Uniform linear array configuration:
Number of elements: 4
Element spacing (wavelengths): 0.5
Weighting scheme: binomial
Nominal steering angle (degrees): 0
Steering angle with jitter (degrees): -0.06219
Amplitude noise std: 0.05
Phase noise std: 0.05

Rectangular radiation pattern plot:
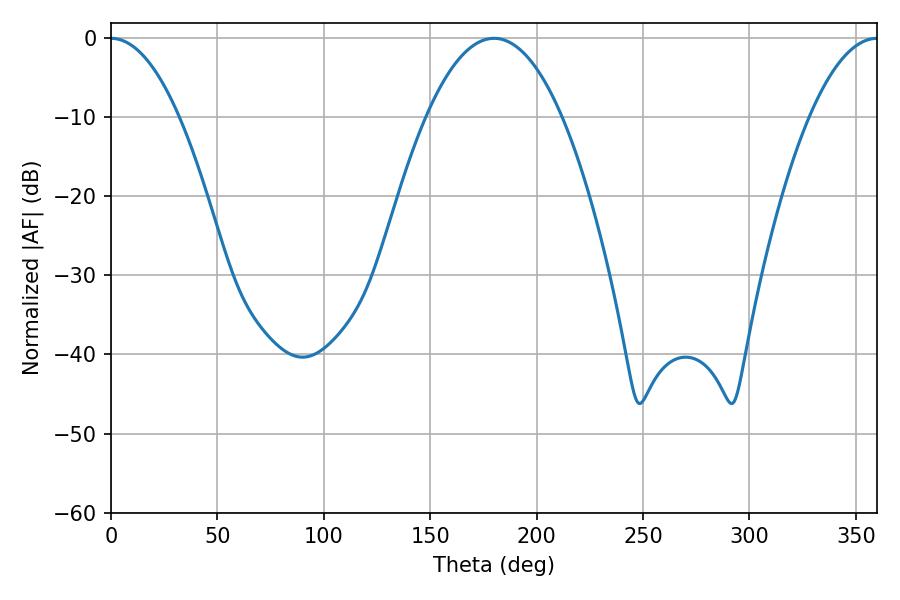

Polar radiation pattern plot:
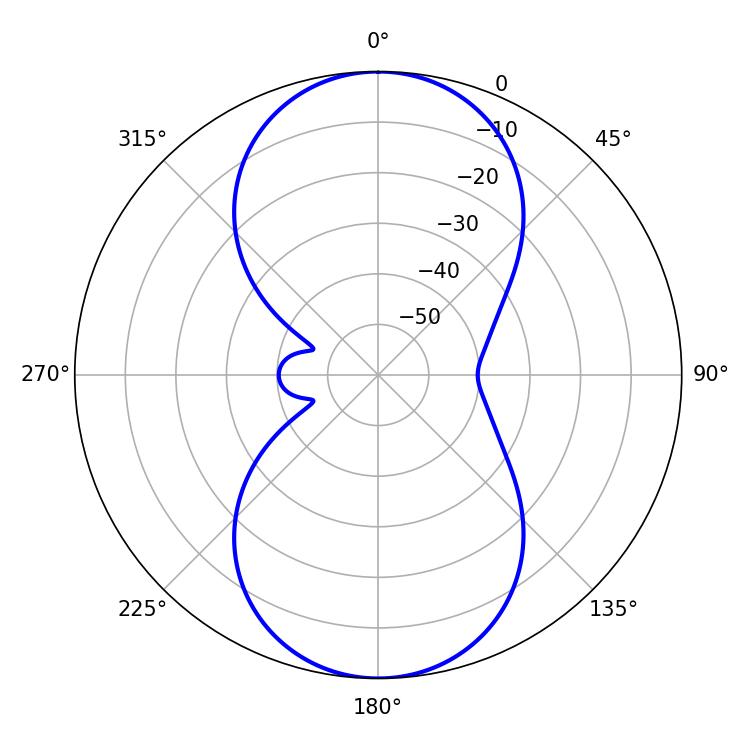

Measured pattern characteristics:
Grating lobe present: FALSE
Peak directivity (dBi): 30.951
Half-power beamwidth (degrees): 17.64
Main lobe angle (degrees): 0